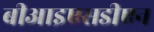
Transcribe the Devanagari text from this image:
बीआइएसडीएन